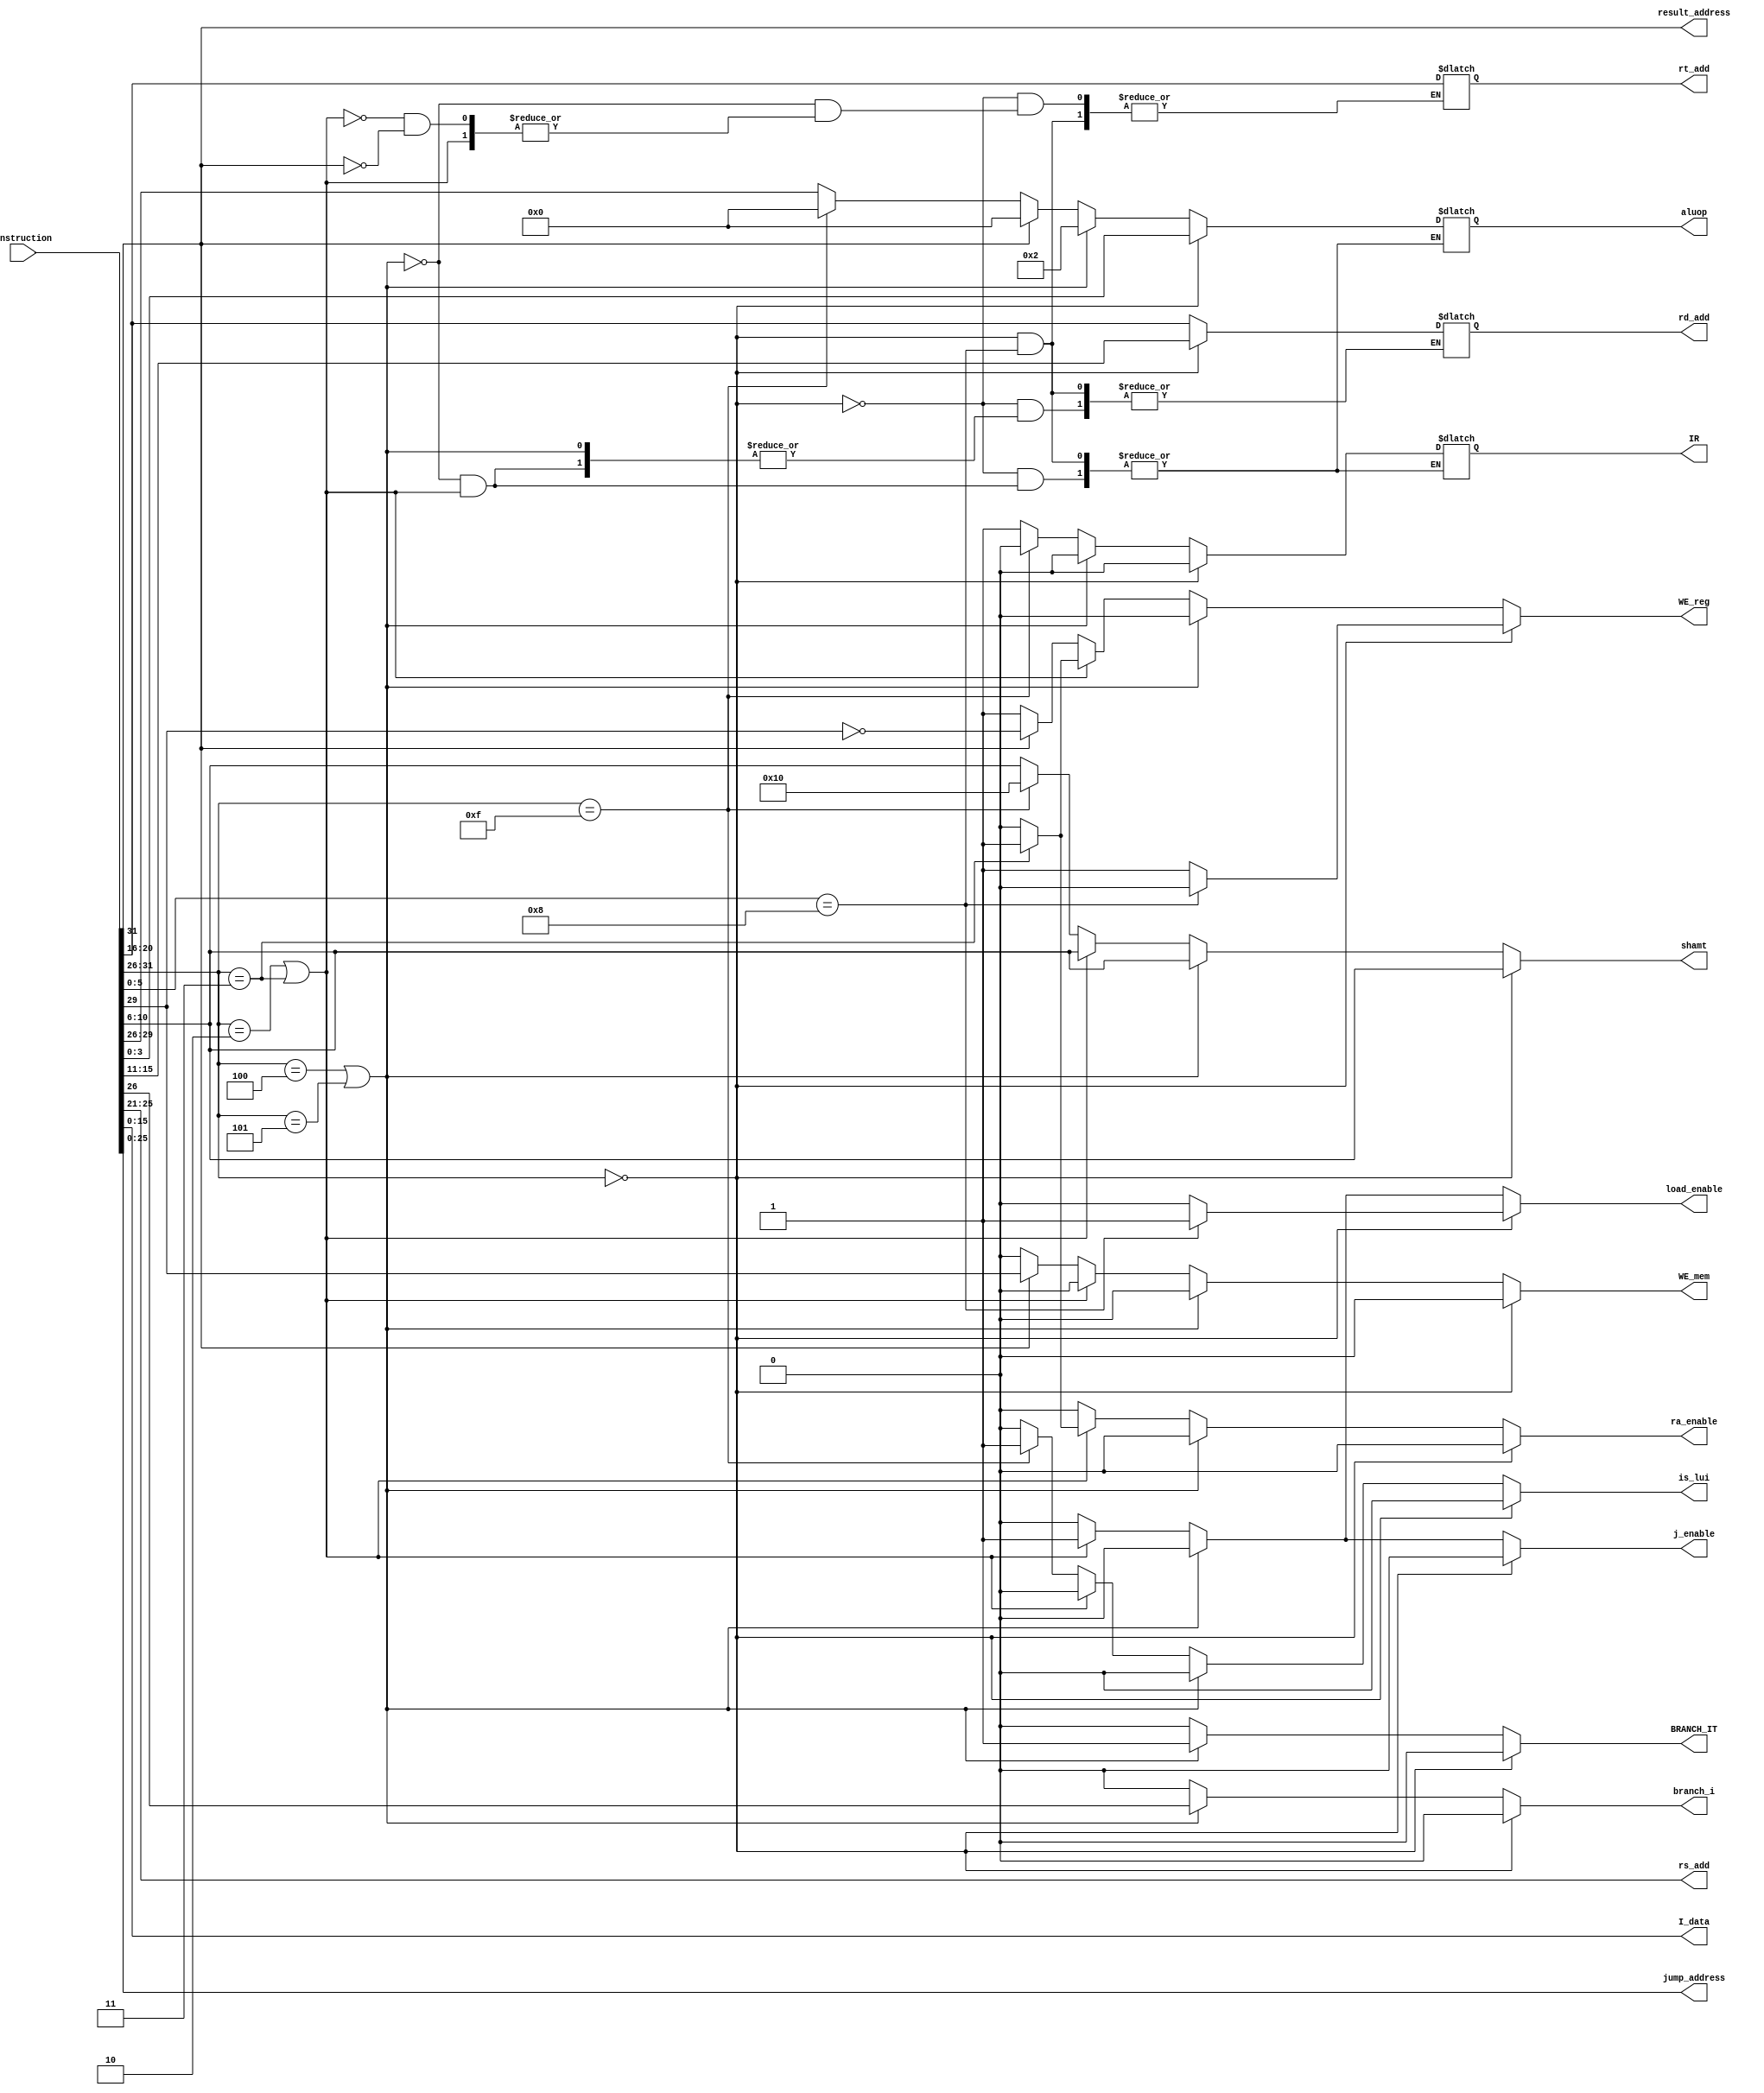
module control(input wire [31:0] instruction, output reg[4:0] rs_add,rt_add,rd_add,shamt ,output reg [3:0]aluop, output reg WE_reg, IR , output reg [15:0] I_data,output reg WE_mem,result_address,load_enable,branch_i,output reg [25:0] jump_address , output reg j_enable , ra_enable , BRANCH_IT , is_lui); //add all outputs as we go along 
always @(instruction)
begin 
rs_add <= instruction[25:21] ; 
shamt <= instruction[10:6];
ra_enable <= 0 ;
is_lui <= 0 ; 
I_data <= instruction[15:0] ;
jump_address <= instruction[25:0] ; 
branch_i <= 0 ;
WE_mem <=0 ; 
load_enable <= 0 ; 
j_enable <= 0 ; 
ra_enable <= 0 ; 
WE_reg <= 0 ;
BRANCH_IT <= 0 ; 
result_address <= instruction[31] ; 
if (instruction[31:26] == 6'b0)//roperations
begin
if (instruction[5:0] == 8) 
begin
WE_reg <= 0 ; 
WE_mem <= 0 ;
load_enable <= 1 ; 
j_enable <= 0 ; 
end
else 
begin 
IR <= 1'b0 ; 
rd_add <= instruction[15:11];
rt_add <= instruction[20:16];
aluop <= instruction[3:0];
WE_reg <= 1; 
WE_mem <= 0 ;
end
end
else if (instruction[31:26] == 6'd4 || instruction[31:26] == 6'd5)//beq,bne
begin 
BRANCH_IT <= 1;
WE_reg <= 0 ;WE_mem <= 0; 
IR <= 0 ; 
rt_add <= instruction[20:16] ; 
aluop <= 2;
load_enable <= 0 ; 
branch_i <= instruction[26] ; 
end
else if (instruction[31:26] == 6'd2 || instruction[31:26] == 6'd3)//j / jal
begin 
WE_reg <= 0 ; 
WE_mem <= 0 ;
load_enable <= 1 ; 
j_enable <= 1 ;
if (instruction[31:26] == 6'd3)
begin 
WE_reg <= 1 ; 
ra_enable <= 1 ; 
end
end
else //any other i operation
begin
IR <= 1'b1 ;  
rd_add <= instruction[20:16] ;
aluop <= instruction[29:26] ; 
WE_reg <= 1 ; 
if (instruction[31:26] == 6'd15)
begin 
aluop <= 0 ; 
IR <= 0 ; 
shamt <= 5'd16 ;
is_lui <= 1 ;  
end
if (instruction[31] == 1'b1)//load_store operations
begin 
rt_add <= instruction[20:16];
WE_mem <= instruction[29] ; 
WE_reg <= ~(instruction[29]) ; 
aluop <= 3'b0 ; 
end
end
end
endmodule